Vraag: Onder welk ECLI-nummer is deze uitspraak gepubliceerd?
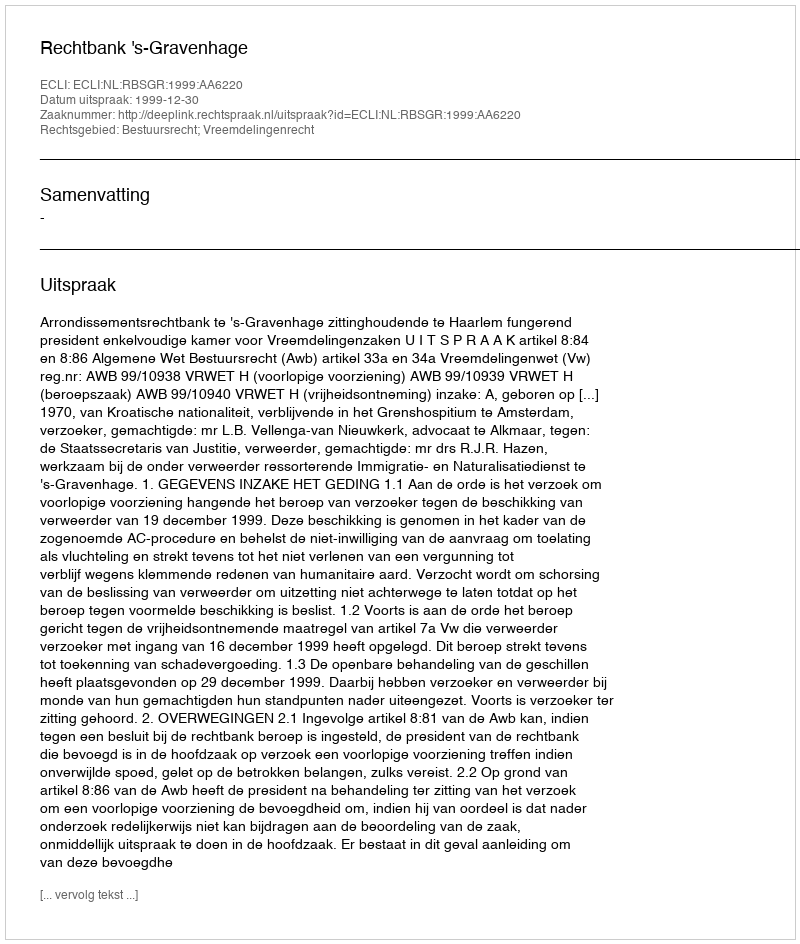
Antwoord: ECLI:NL:RBSGR:1999:AA6220